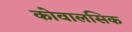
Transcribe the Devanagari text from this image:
कोवालसिक